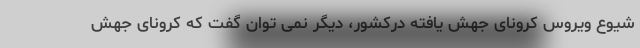
شیوع ویروس کرونای جهش یافته درکشور، دیگر نمی توان گفت که کرونای جهش